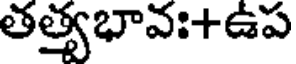
తత్త్వభావః+ఉప